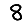
Digit: 8